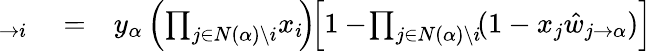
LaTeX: \begin{array}{rlr}{\! \! \! \! \! \! \hat{v}_{\alpha\to i}}&{{}=}&{y_{\alpha}\left(\prod_{j\in N(\alpha)\setminus i}\! x_{i}\! \right)\! \! \left[1-\! \prod_{j\in N(\alpha)\setminus i}\! (1-x_{j}\hat{w}_{j\rightarrow\alpha})\right]}\end{array}